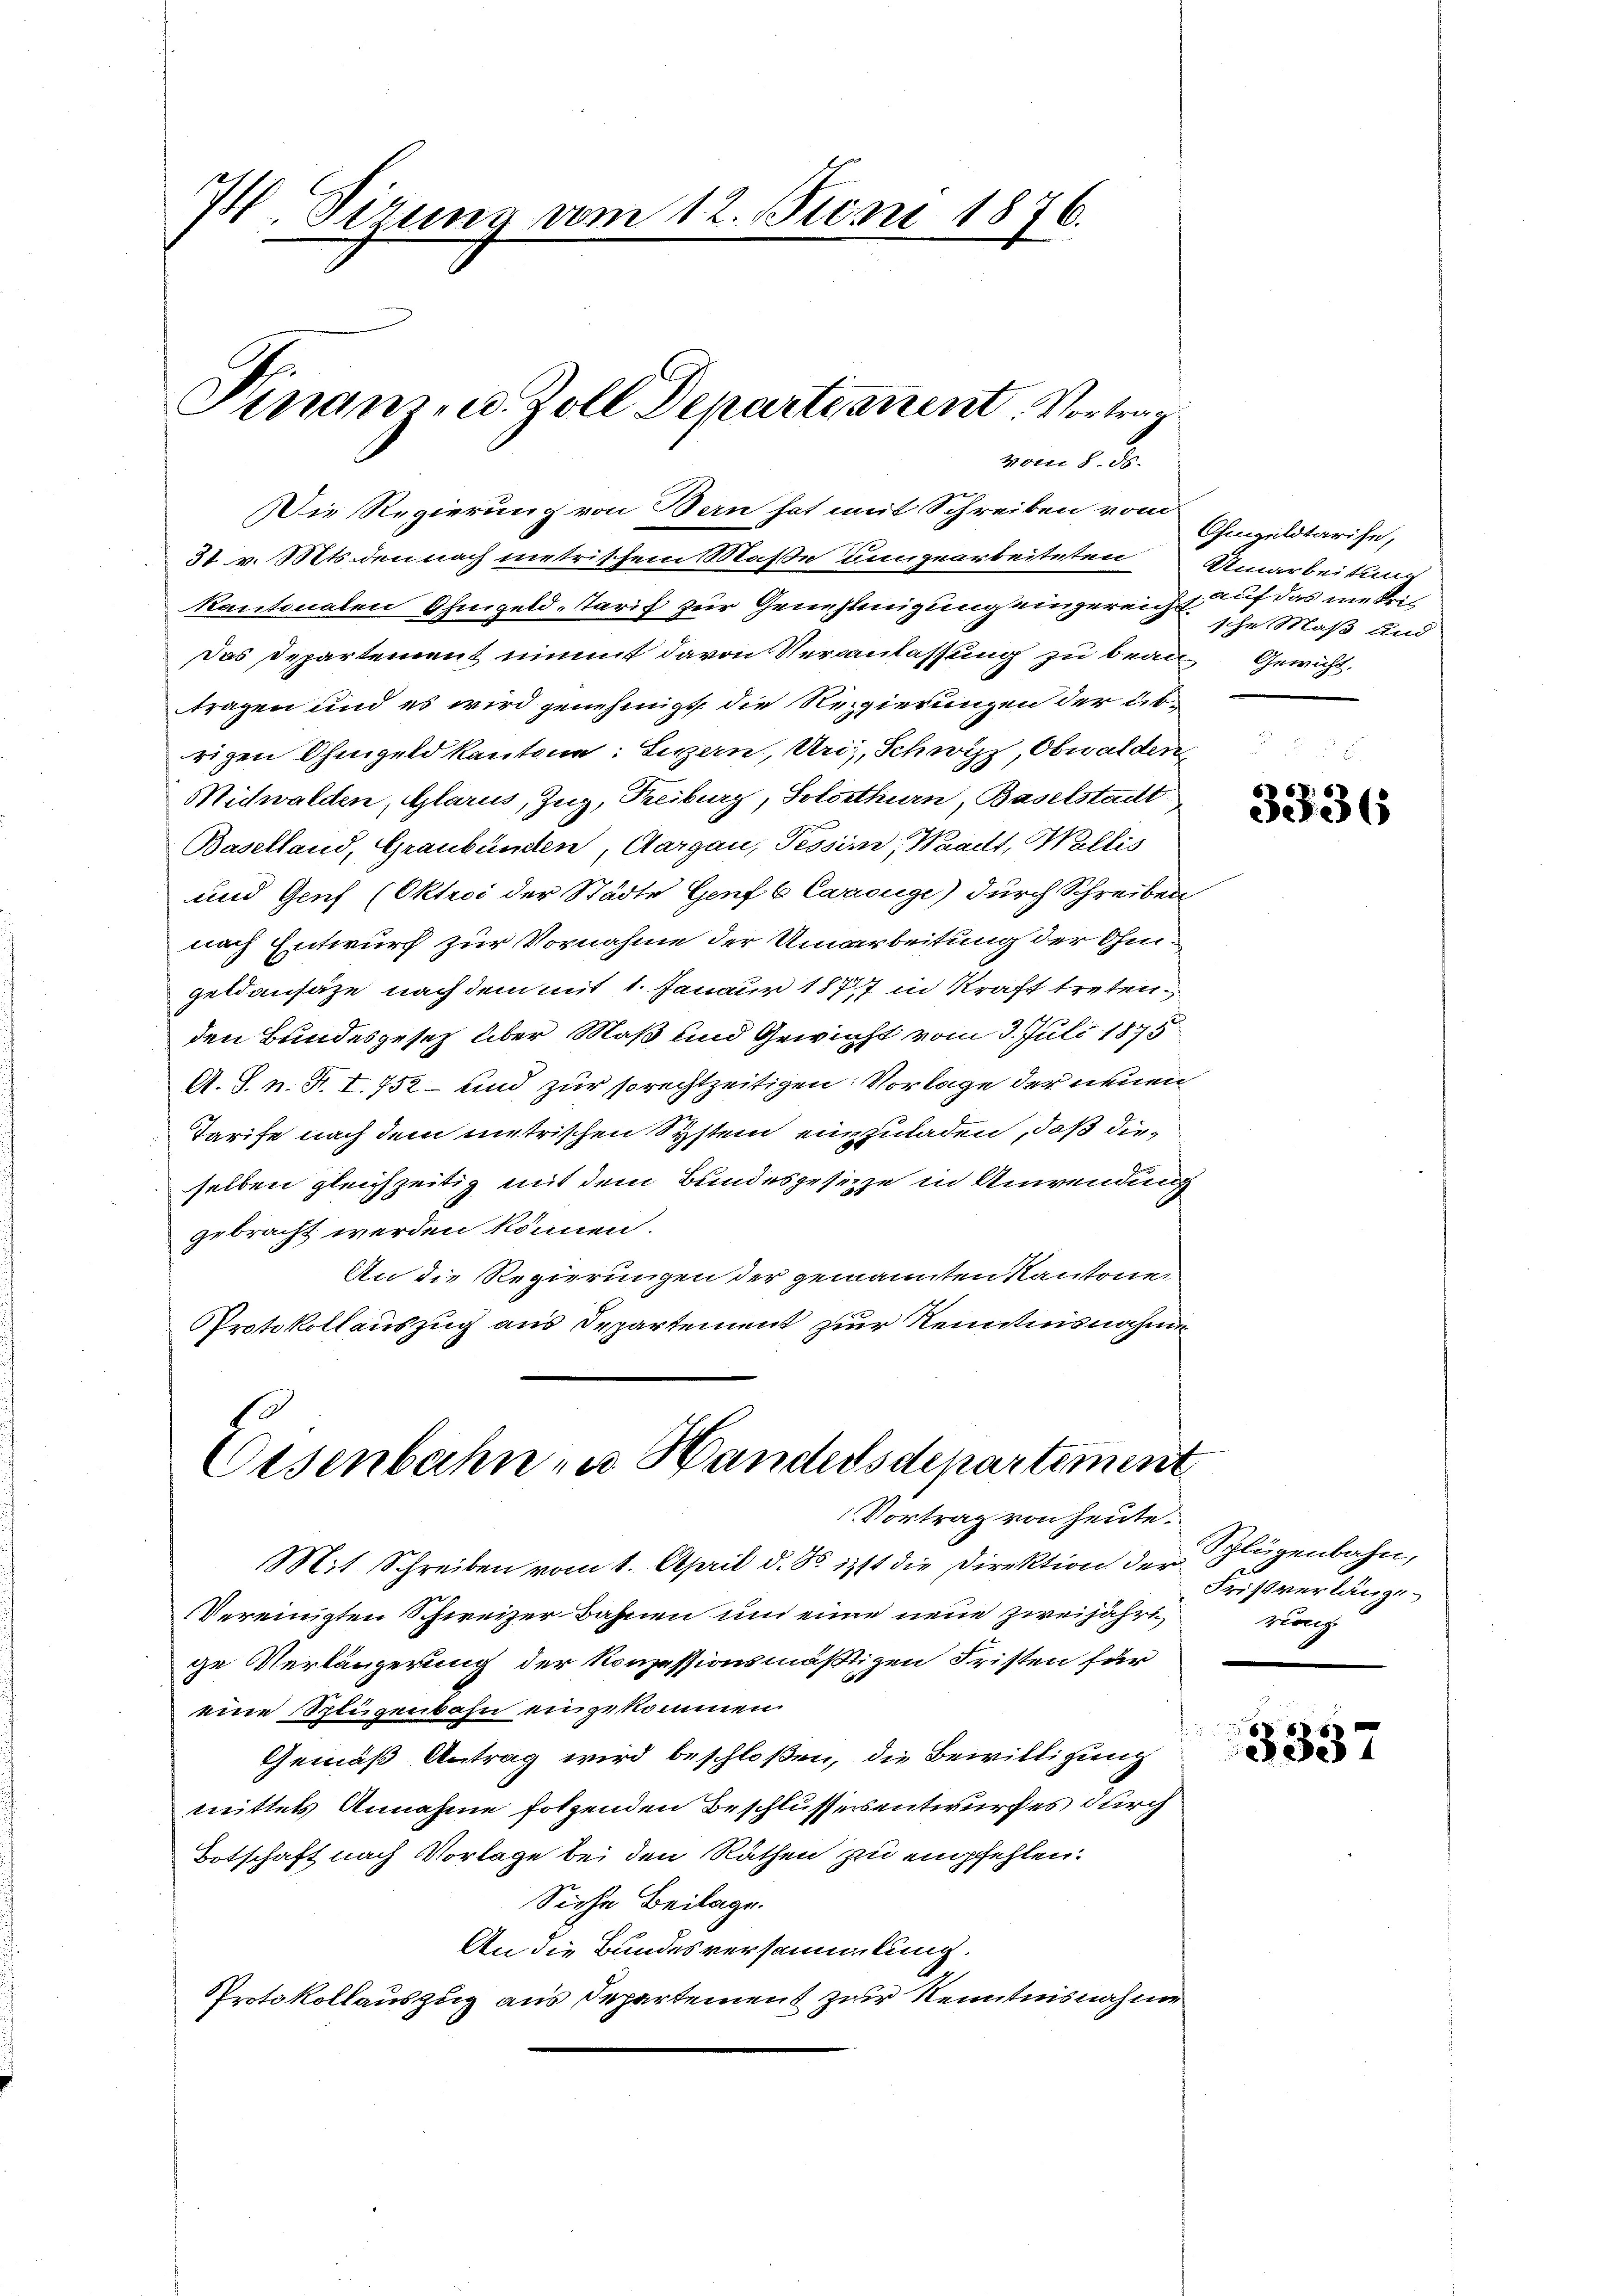
74 Sirung vom 12. Juni 1876.

Die Regierung von Man hat mit Schreiben vom
31 v. Mts. den nach metrischem Maße ungearbeiteten
kantonalen Ohmgeld-Tarif zur Genehmigung eingereicht auf das ne krit
Das Departement nimmt davon Veranlassung zu bean-Gewicht,
tragen und es wird genehmigt, die Regierungen der übrigen Ohengeld kantone: Sitzern, Uri, Schwyz, Obwalden
Midwalden, Glarus, Zug, Treiburg, Solothurn, Baselstadt
Baselland, Graubünden, Aargau, Tessin, Waadt, Wallis
und Genf (Oktroi der Städte Genf b Carouge) durch Schreiben
nach Entwurf zur Vornahme der Umarbeitung der Ohmgeldansätze nach dem mit 1. Janaur 1877 in Kraft treten
den Bundesgesetz über Maß und Gewicht vom 3. Juli 1875
A. S. n. F. I. 752 – und zur so rechtzeitigen Vorlage der neuen
Tarife nach dem metrischen System einzuladen, daß dieselben gleichzeitig mit dem Bundesgesetze in Anwendung
gebracht werden können.
An die Regierungen der genannten Kantonen
Protokollauszug aus Departement zur Kenntnisnahme

Finanz, u. Zoll Departement. Vortrag
vom 8. ds.

Eisenbahn zu Handelsdepartement
Vortrag von heute.

Mit Schreiben vom 1. April d. d. ist die Direktion der Flügenbahn,
Vereinigten Schweizer Bahnen und eine neue zweijährige Verlängerung der konzessionsmäßigen Fristen für
eine Splügenbahn eingekommen.
Gemäß Antrag wird beschloßen, die Bewilligung
mittels Annahme folgenden Beschlussessentwurfes durch
Totschaft nach Vorlage bei den Rathen zu empfehlen.
Siehe Beilage.
An die Bundesversammlung.
Protokollauszug aus Departement zur Kenntnisnahme

Chingeldtarise,
Umarbeitung
sche Maß und

3336

Fristverlänge
rion

3337